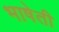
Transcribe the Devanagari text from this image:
भाषेती